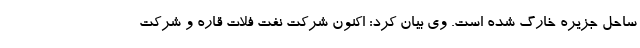
ساحل جزیره خارگ شده است. وی بیان کرد: اکنون شرکت نفت فلات قاره و شرکت